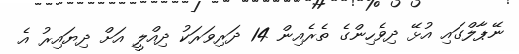
ނޭޕާލްގައި އުޅޭ ދިވެހިންގެ ތެރެއިން 14 ދަރިވަރަކު ދިއްލީ އަށް ދިޔައިރު އެ